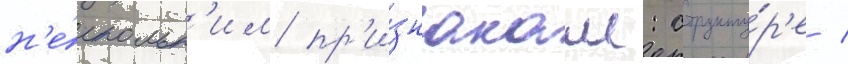
н'е́скольк'им пр'и́знакам: структу́р'е /